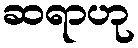
ဆရာဟု